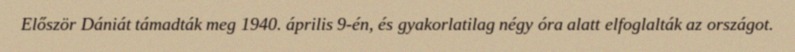
Először Dániát támadták meg 1940. április 9-én, és gyakorlatilag négy óra alatt elfoglalták az országot.